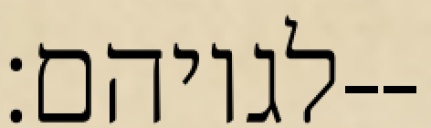
לגויהם׃--